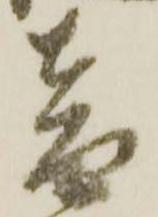
音